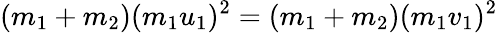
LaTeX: (m_{1}+m_{2})(m_{1}u_{1})^{2}=(m_{1}+m_{2})(m_{1}v_{1})^{2}\,